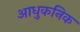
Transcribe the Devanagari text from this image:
आधुकनिक